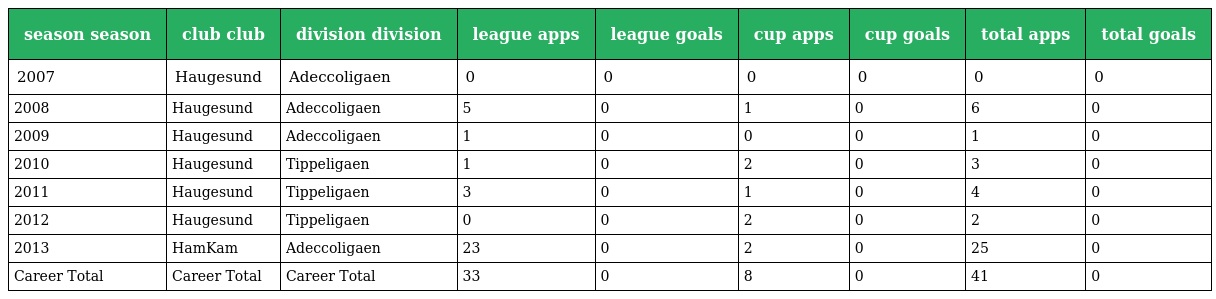
| season season | club club | division division | league apps | league goals | cup apps | cup goals | total apps | total goals |
 | --- | --- | --- | --- | --- | --- | --- | --- | --- |
 | 2007 | Haugesund | Adeccoligaen | 0 | 0 | 0 | 0 | 0 | 0 |
 | 2008 | Haugesund | Adeccoligaen | 5 | 0 | 1 | 0 | 6 | 0 |
 | 2009 | Haugesund | Adeccoligaen | 1 | 0 | 0 | 0 | 1 | 0 |
 | 2010 | Haugesund | Tippeligaen | 1 | 0 | 2 | 0 | 3 | 0 |
 | 2011 | Haugesund | Tippeligaen | 3 | 0 | 1 | 0 | 4 | 0 |
 | 2012 | Haugesund | Tippeligaen | 0 | 0 | 2 | 0 | 2 | 0 |
 | 2013 | HamKam | Adeccoligaen | 23 | 0 | 2 | 0 | 25 | 0 |
 | Career Total | Career Total | Career Total | 33 | 0 | 8 | 0 | 41 | 0 |